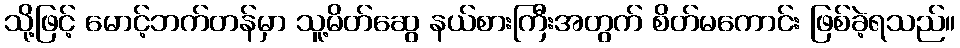
သို့ဖြင့် မောင့်ဘက်တန်မှာ သူ့မိတ်ဆွေ နယ်စားကြီးအတွက် စိတ်မကောင်း ဖြစ်ခဲ့ရသည်။